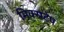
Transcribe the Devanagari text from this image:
मिक्सटेप